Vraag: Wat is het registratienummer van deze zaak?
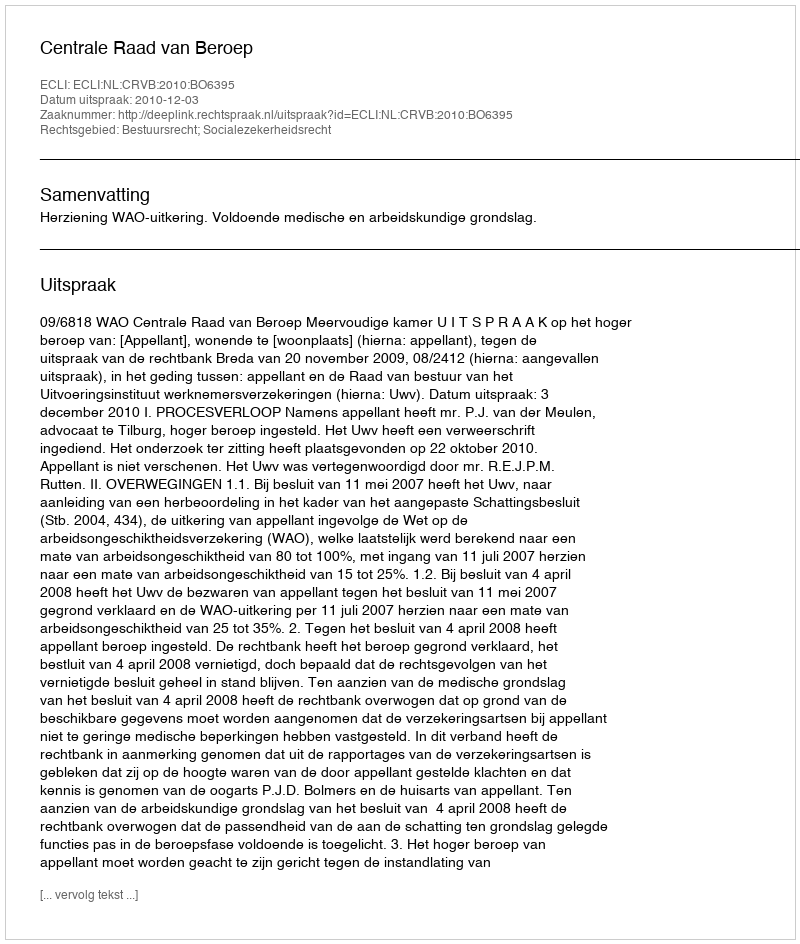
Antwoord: http://deeplink.rechtspraak.nl/uitspraak?id=ECLI:NL:CRVB:2010:BO6395